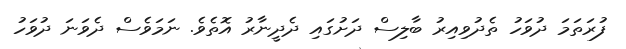
ފުރަތަމަ ދުވަހު ތެދުވިއިރު ބާލިސް ދަށުގައި ދެދީނާރު އޮތެވެ. ނަމަވެސް ދެވަނަ ދުވަހު